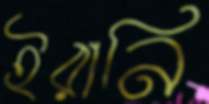
ইরানি